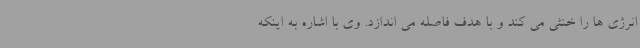
انرژی ها را خنثی می کند و با هدف فاصله می اندازد. وی با اشاره به اینکه